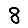
Digit: 8